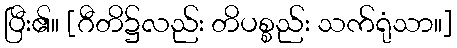
ပြီး၏။ [ဂီတိ၌လည်း တိပစ္စည်း သက်ရုံသာ။]